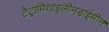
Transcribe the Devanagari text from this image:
टेट्रामिथाइलीनडाईमीन